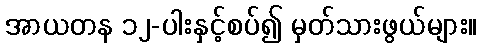
အာယတန ၁၂-ပါးနှင့်စပ်၍ မှတ်သားဖွယ်များ။